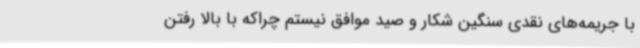
با جریمه‌های نقدی سنگین شکار و صید موافق نیستم چراکه با بالا رفتن